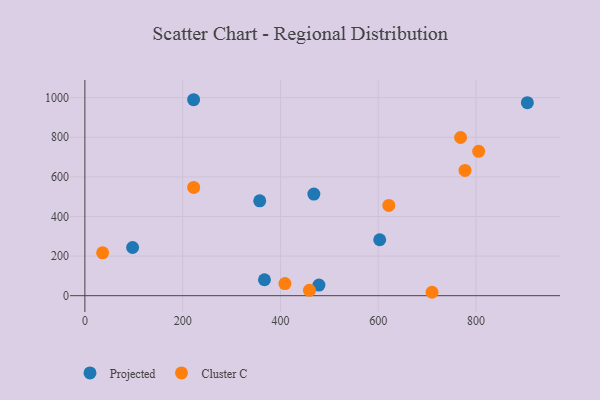
{"axis": {"x": "Ad Spend", "y": "Salary"}, "legend": ["Cluster C", "Projected"], "data": [{"x": "357.6", "y": 479.1, "type": "Projected"}, {"x": "222.4", "y": 989.7, "type": "Projected"}, {"x": "367.3", "y": 80.5, "type": "Projected"}, {"x": "97.6", "y": 243.4, "type": "Projected"}, {"x": "468.3", "y": 513.2, "type": "Projected"}, {"x": "905.0", "y": 974.7, "type": "Projected"}, {"x": "478.7", "y": 53.5, "type": "Projected"}, {"x": "603.0", "y": 282.5, "type": "Projected"}, {"x": "621.6", "y": 456.1, "type": "Cluster C"}, {"x": "805.4", "y": 729.1, "type": "Cluster C"}, {"x": "459.3", "y": 27.0, "type": "Cluster C"}, {"x": "777.5", "y": 632.9, "type": "Cluster C"}, {"x": "409.1", "y": 61.1, "type": "Cluster C"}, {"x": "768.4", "y": 799.0, "type": "Cluster C"}, {"x": "36.3", "y": 216.7, "type": "Cluster C"}, {"x": "710.0", "y": 17.3, "type": "Cluster C"}, {"x": "222.5", "y": 546.6, "type": "Cluster C"}]}